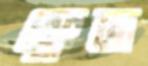
ফ্রেজ